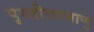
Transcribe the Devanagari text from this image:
पृथ्वीपरमाणु